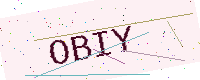
Text: OBIY